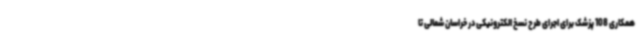
همکاری 108 پزشک برای اجرای طرح نسخ الکترونیکی در خراسان شمالی تا